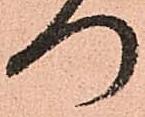
つ